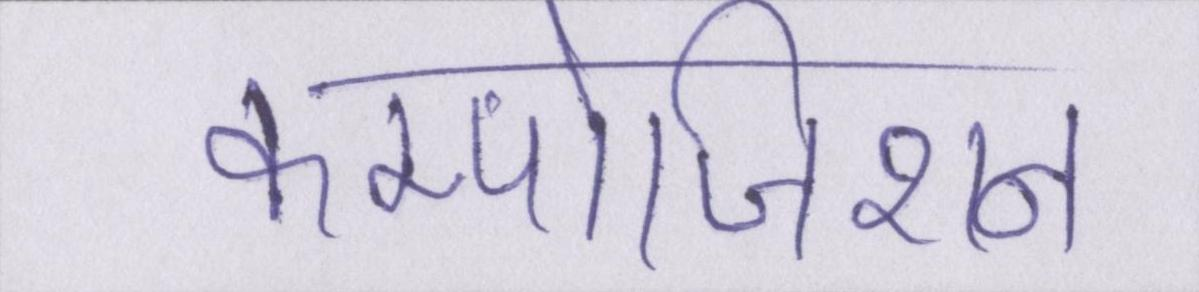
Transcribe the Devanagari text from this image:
कम्पोजिशन